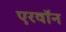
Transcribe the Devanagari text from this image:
एरवॉन